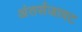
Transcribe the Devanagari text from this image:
अंतर्सजावट